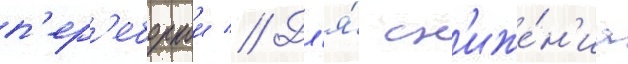
п'ер'еборкои // Дл'я́ сн'иже́н'иа